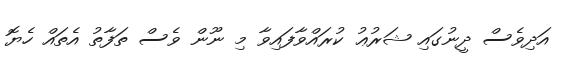
އަދިވެސް ދީނުގައި ޝަރުޢު ކުރައްވާފައިވާ މި ނޫން ވެސް ތަފާތު އެތައް ހެޔޮ